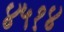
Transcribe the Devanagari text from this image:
४५१४